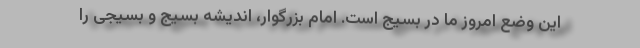
این وضع امروز ما در بسیج است. امام بزرگوار، اندیشه بسیج و بسیجی را